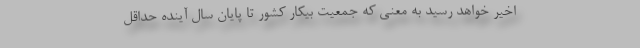
اخیر خواهد رسید به معنی که جمعيت بيكار كشور تا پايان سال آینده حداقل